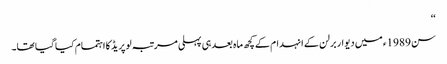
‘‘
سن 1989ء میں دیوار برلن کے انہدام کے کچھ ماہ بعد ہی پہلی مرتبہ لو پریڈ کا اہتمام کیا گیا تھا۔